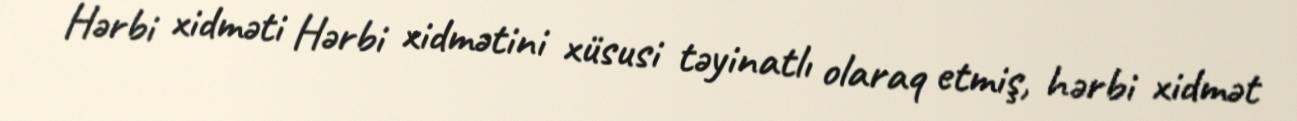
Hərbi xidməti Hərbi xidmətini xüsusi təyinatlı olaraq etmiş, hərbi xidmət